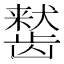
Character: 𬺒